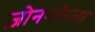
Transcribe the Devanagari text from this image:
ज़ोननफैल्स